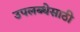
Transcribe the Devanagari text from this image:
उपलब्धेसाठी